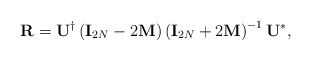
\begin{align*}{\bf R}={\bf U}^{\dagger}\left({\bf I}_{2N}-2{\bf M}\right)\left({\bf I}_{2N}+2{\bf M}\right)^{-1}{\bf U}^{*},\end{align*}